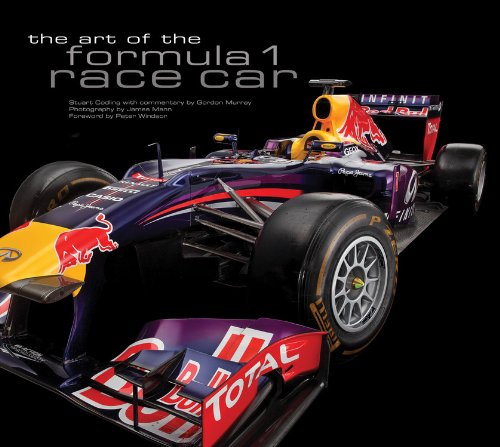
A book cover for The Art of the Formula 1 Race Car; Stuart Codling; Engineering & Transportation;